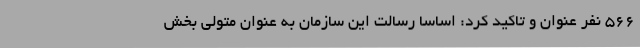
566 نفر عنوان و تاکید کرد: اساسا رسالت این سازمان به عنوان متولی بخش